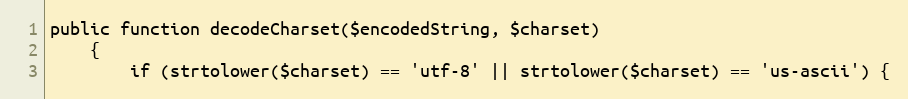
Language: PHP
public function decodeCharset($encodedString, $charset)
    {
        if (strtolower($charset) == 'utf-8' || strtolower($charset) == 'us-ascii') {